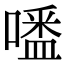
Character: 𠽲